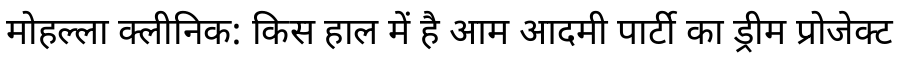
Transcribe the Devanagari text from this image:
मोहल्ला क्लीनिक: किस हाल में है आम आदमी पार्टी का ड्रीम प्रोजेक्ट